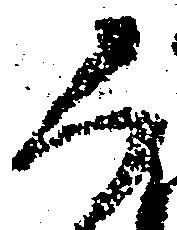
人